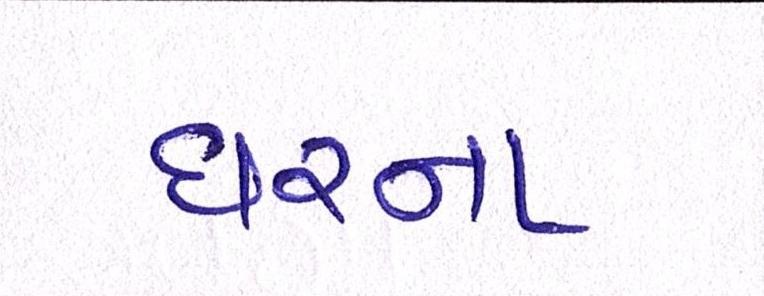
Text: ઘરના